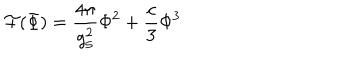
{ \cal F } ( \Phi ) = \frac { 4 \pi } { g _ { 5 } ^ { 2 } } \Phi ^ { 2 } + \frac { c } { 3 } \Phi ^ { 3 }